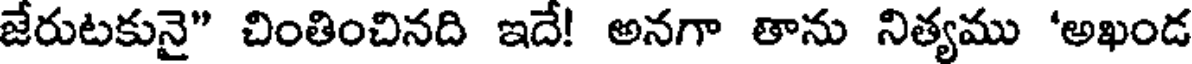
జేరుటకునై" చింతించినది ఇదే! అనగా తాను నిత్యము 'అఖండ